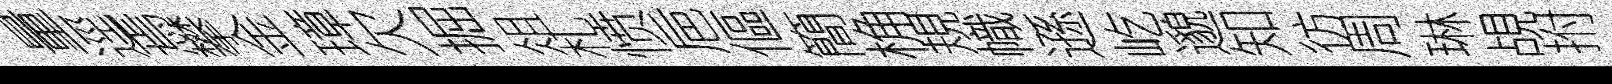
量逕焉攀金璋欠掘俎札愤巵傴簡桷規幟遜屹邈知彷周琳覘拊